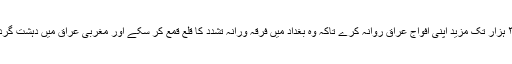
ج: امریکا ۲۰ ہزار سے ۳۰ ہزار تک مزید اپنی افواج عراق روانہ کرے تاکہ وہ بغداد میں فرقہ ورانہ تشدد کا قلع قمع کر سکے اور مغربی عراق میں دہشت گردوں سے برسرِ پیکار رہے۔